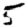
Digit: 5